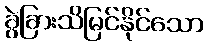
ခွဲခြားသိမြင်နိုင်သော